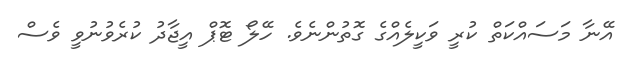
އޭނާ މަސައްކަތް ކުރީ ވަކީލެއްގެ ގޮތުންނެވެ. ހޭލޯ ޓޮޕް އީޖާދު ކުރެވުނުވީ ވެސް